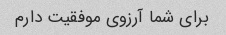
برای شما آرزوی موفقیت دارم